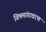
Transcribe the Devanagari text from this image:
विषमांगावरण